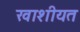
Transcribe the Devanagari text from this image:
खाशीयत